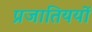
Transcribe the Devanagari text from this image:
प्रजातिययों